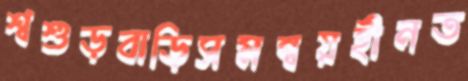
শ্বশুড়বাড়িসমন্বয়হীনত